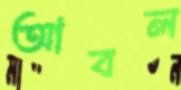
আবল